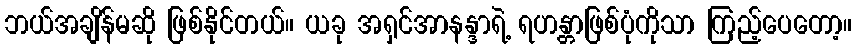
ဘယ်အချိန်မဆို ဖြစ်နိုင်တယ်။ ယခု အရှင်အာနန္ဒာရဲ့ ရဟန္တာဖြစ်ပုံကိုသာ ကြည့်ပေတော့။